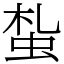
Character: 蚻